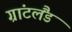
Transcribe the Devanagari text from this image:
ग्रांटलैंड